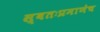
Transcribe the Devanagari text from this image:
स्वतःप्रमाणेच